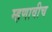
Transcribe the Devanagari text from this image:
म्हणावीच